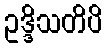
ဥဒ္ဒိသတိပိ